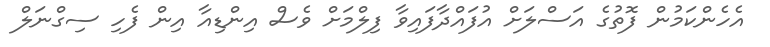
އެހެންކަމުން ފޮތުގެ އަސްލަށް އުފައްދާފައިވާ ފިލްމަށް ވެސް އިންޑިއާ އިން ފެހި ސިގްނަލް